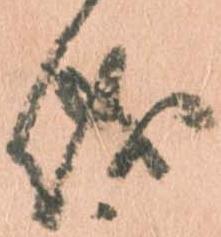
儀